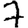
Digit: 7